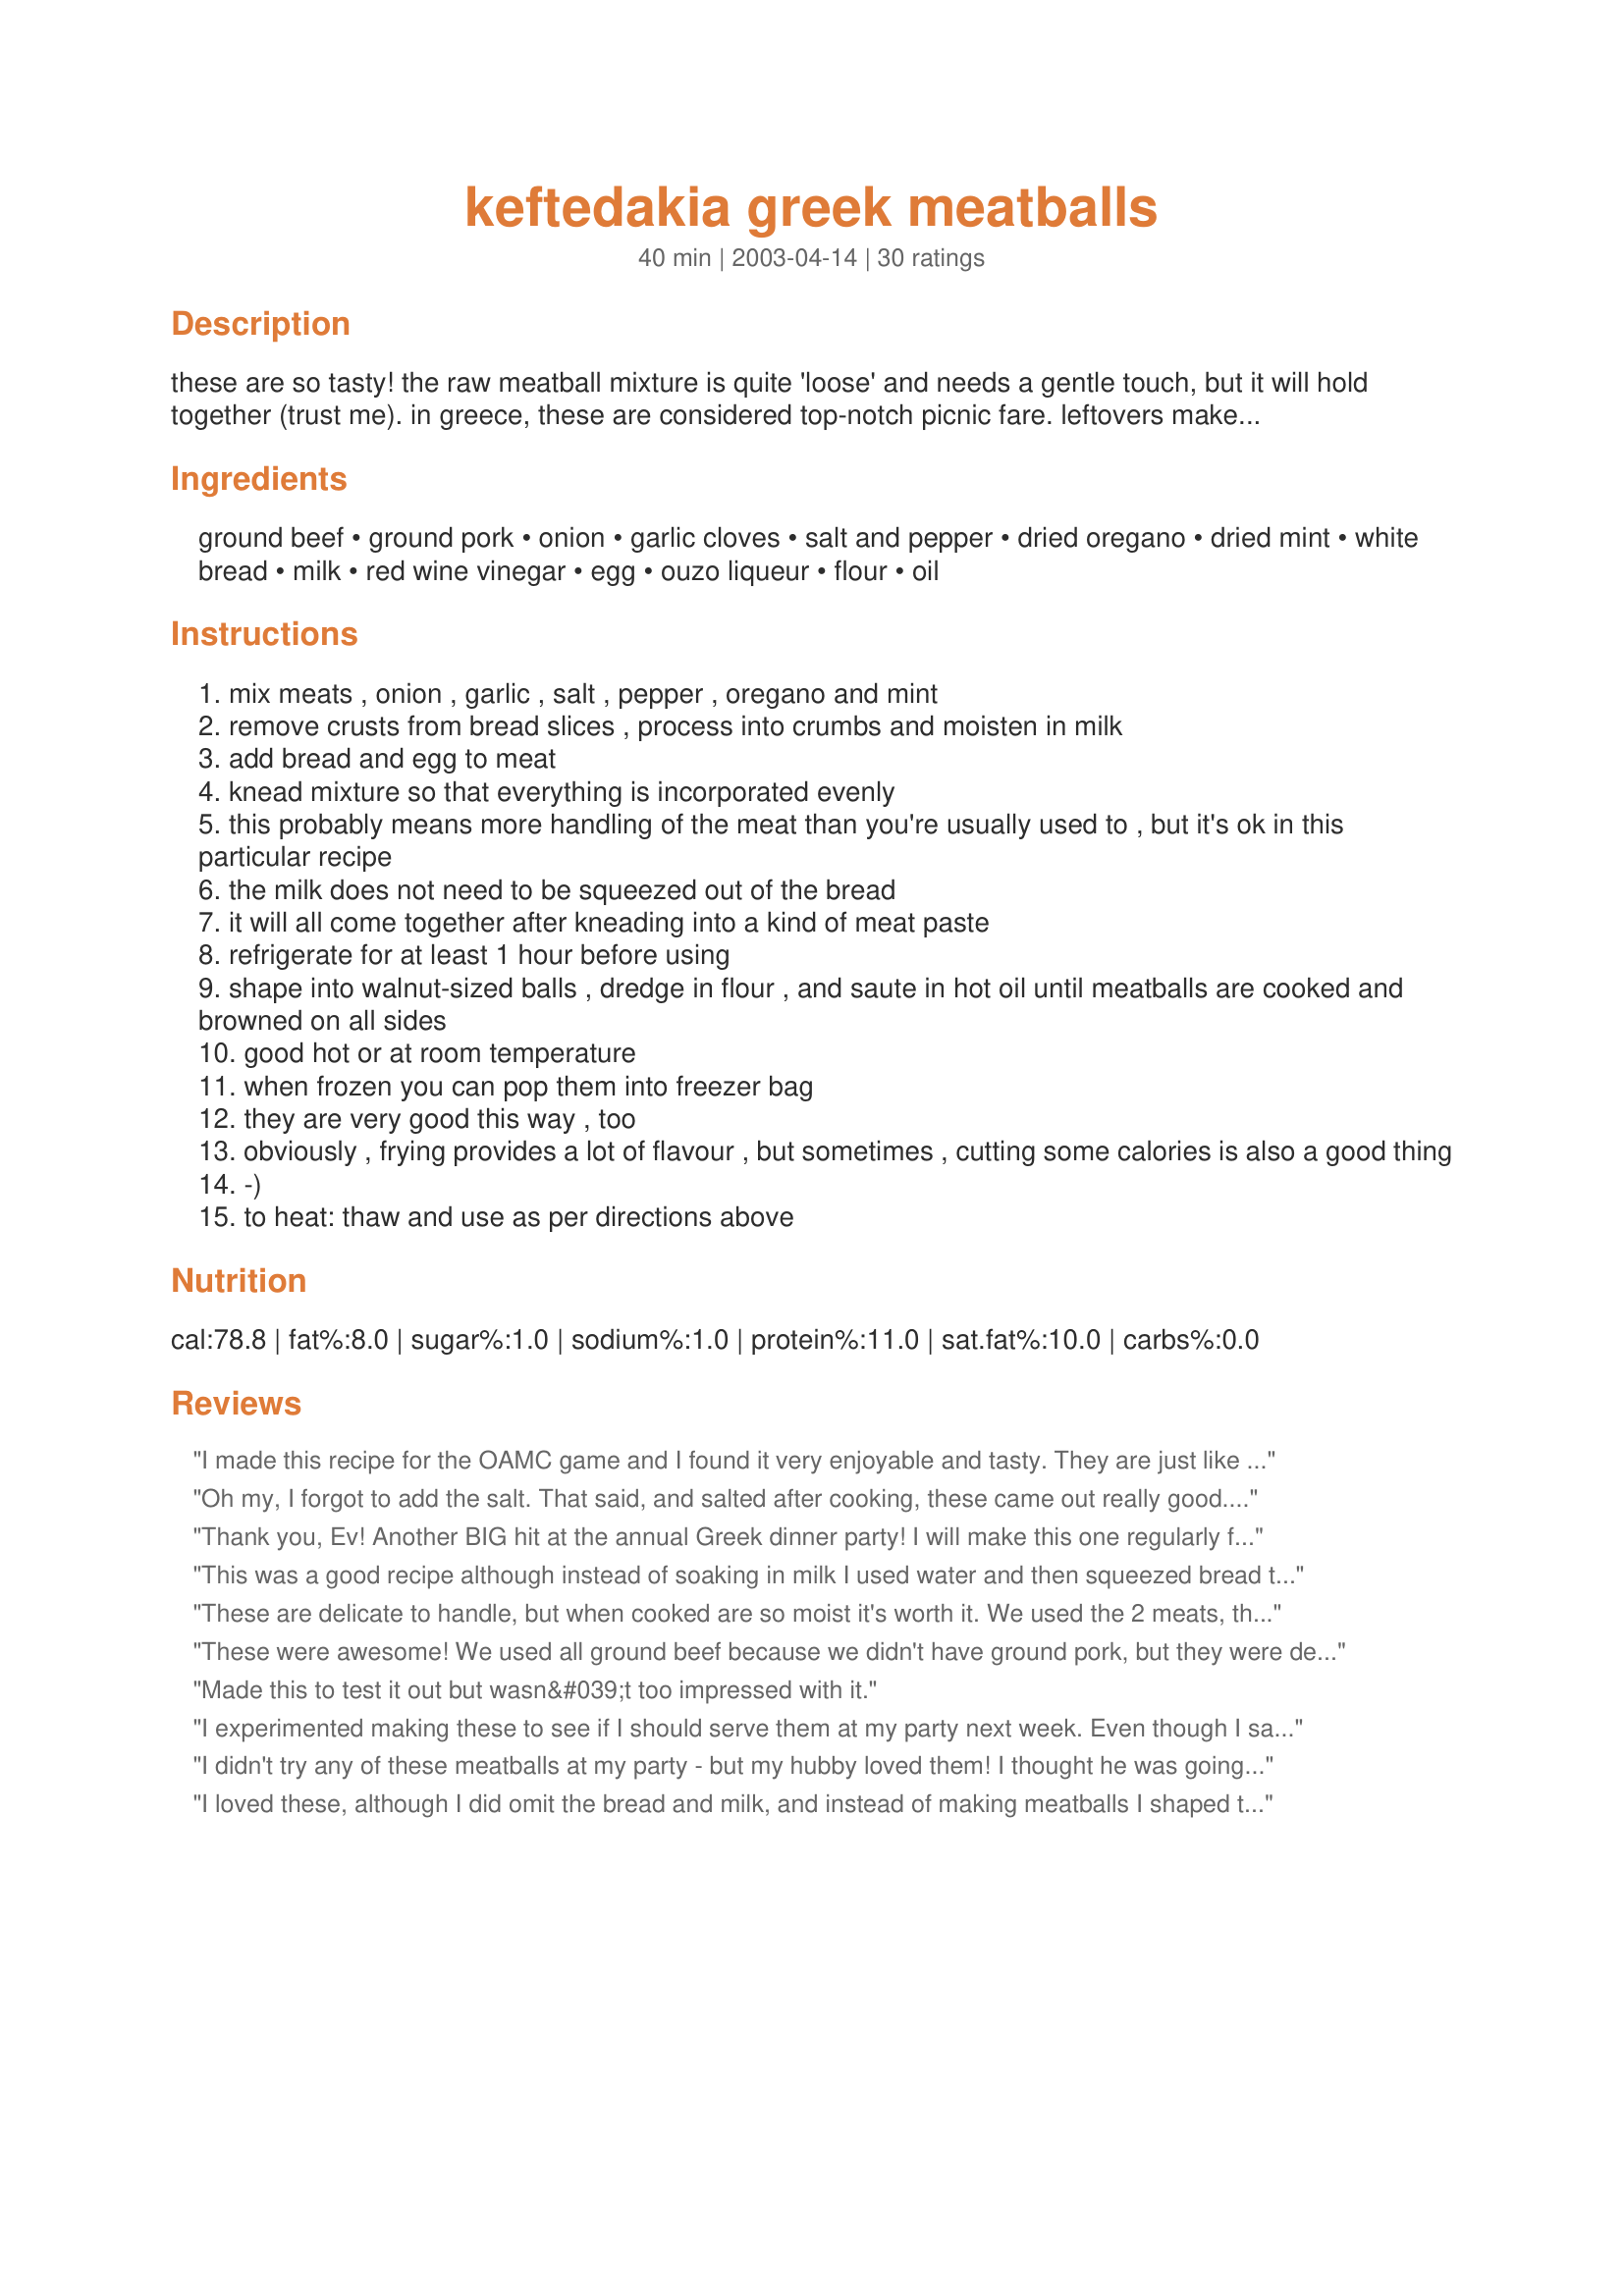
keftedakia greek meatballs
Preparation time: 40 minutes

these are so tasty! the raw meatball mixture is quite 'loose' and needs a gentle touch, but it will hold together (trust me). in greece, these are considered top-notch picnic fare. leftovers make a good second meal (so make more meatballs!) the next day added to a tomato sauce and used to top rice, or mashed potatoes, or pasta, or............please note there's a minimum of 1 hour refrigeration of the meat mixture prior to frying.

Ingredients:
ground beef, ground pork, onion, garlic cloves, salt and pepper, dried oregano, dried mint, white bread, milk, red wine vinegar, egg, ouzo liqueur, flour, oil

Steps:
mix meats , onion , garlic , salt , pepper , oregano and mint
remove crusts from bread slices , process into crumbs and moisten in milk
add bread and egg to meat
knead mixture so that everything is incorporated evenly
this probably means more handling of the meat than you're usually used to , but it's ok in this particular recipe
the milk does not need to be squeezed out of the bread
it will all come together after kneading into a kind of meat paste
refrigerate for at least 1 hour before using
shape into walnut-sized balls , dredge in flour , and saute in hot oil until meatballs are cooked and browned on all sides
good hot or at room temperature
when frozen you can pop them into freezer bag
they are very good this way , too
obviously , frying provides a lot of flavour , but sometimes , cutting some calories is also a good thing
-)
to heat: thaw and use as per directions above

Reviews:
I made this recipe for the OAMC game and I found it very enjoyable and tasty. They are just like my grandmothers Italian meatballs except for the Ouzo, Mint and Vinegar. I will say those flavors made this dish very enjoyable. I noticed that one person who reviewed this dish stated that it was too moist. When I made the recipe the one thing i changed was that instead of soaking the bread into the milk and then pouring all of it into the dish, i soaked the bread but then squeezed out the excess milk before adding to the meat. This eliminated alot of excess moisture and did not change the taste in any way i feel. I made the meatballs and served for a party with a mint yogurt sauce for dipping, they were excellent! i had to hide some so that i could freeze them and reheat for the OAMC game! I then froze them in a ziplock freezer bag for one week. To reheat them i just took the bag out of the freezer at night and the next day for lunch i popped them into the microwave with a small amount of red sauce over them. I then cooked them for 3 minutes and put on a roll for a small meatball hero. the taste was just as good as the first time. I would highly recommend this dish for the OAMC club!
Oh my, I forgot to add the salt. That said, and salted after cooking, these came out really good. Ouzo is a must, I made half with and half without and you could tell something was missing. I used fresh herbs since I didn't have any dried. I made the tatziki but didn't feel they needed it. Served with a nice tomato and cuke salad with a side of greek rice.
Thank you, Ev! Another BIG hit at the annual Greek dinner party! I will make this one regularly for us, too. The ability to freeze them is such a time saver! Really appreciate the tip in the recipe. I wish the description had mentioned the 1 hour refrigeration, though. That almost got me! You're the best, Ev! :-) DH says "Efharistoh!" ;-)
This was a good recipe although instead of soaking in milk I used water and then squeezed bread thoroughly. I also shallow fried in olive oil as I prefer the taste. The addition of the ouzo is a nice touch and makes the meat much smoother tasting. Would make again.
These are delicate to handle, but when cooked are so moist it's worth it. We used the 2 meats, the ouzo, and served them at room temperature with a minted yoghurt. Sadly, there were no left-overs;-)
These were awesome! We used all ground beef because we didn't have ground pork, but they were delicious. My husband grew up in Greece and said they taste just like his Grandmother's! Thank you for the recipe!
Made this to test it out but wasn&#039;t too impressed with it.
I experimented making these to see if I should serve them at my party next week. Even though I sampled some of the ouzo while they were cooking, I do recall they were wonderful-- and a "must" for the party! (Later note: I have used suggestions made by Cheap Thrills. I also make small meatballs as an appetizer served with tzatziki sauce sauce.)
I didn't try any of these meatballs at my party - but my hubby loved them! I thought he was going to fight Leslie's man for the last meatball (LOL)!!!
Thanx Ev!
I loved these, although I did omit the bread and milk, and instead of making meatballs I shaped them into little patties and threw them on the BBQ! Rolled them up in warmed pita bread with tzasiki, tomatoes, cucumbers and chevre! Absolutely delicious and a big thumbs up from hubby.
Like any liquor you may not choose to drink but enjoy as an ingredient, ouzo really added a wonderful extra dimension to these meatballs - compared with other meatball recipes I’ve eaten. So, if you don’t have any ouzo, really consider buying some for recipes such as this one. The ouzo blended superbly with the herbs and other ingredients making these meatballs moist and certainly giving them that wonderful extra oomph that tells you after even after the tiniest bite ‘YES, I’ll be making these again!’ I made them with a pork/veal mix - one I generally use for meatloaves and meatballs – and we enjoyed them with evelyn/athens’ Greek Potatoes (Oven-Roasted and Delicious!) Recipe #87782; and from sampling an extra post-dinner meatball at room temperature, I know they are going to make tomorrow’s lunch - in a roll with salad – one to really look forward to! Thanks evelyn!
These are very similar to a recipe I use from my daughters Greek MIL. Instead of the vinegar she uses lemon juice, and also uses just ground beef. Yours are just as easy to make and tasted wonderful, and yes I made more to have on another night this week. Thanks for posting, cheers :)
Really happy to find this recipe. I made this for Christmas eve buffet and served the at room temperature with yogurt mint sauce and Peloponnese brand Sweet Pepper Spread. I thought they were quite good and people seemed to like them but there was a LOT of food competing for attention. The next day, heated in some spinach and served over rice they were fantastic. Next time I will cook them a day earlier.<br/>I pretty much followed the recipe (using Eatwell Farm Thyme Salt instead of plain), refrigerated the mixture overnight and baked them at 350 degrees F. for about 15 minutes. Next time I'll try higher heat to see if it makes them browner.
With respect to the poster, this turned out beyond horrid. I followed the recipe to the letter. The meat mixture was too moist to hold together into meatballs, so I attempted to stirfry it loosely to serve over rice. The taste was terribly bland & the appearance was completely unappetizing.
Made in 1/2 hour on stovetop. Used toasted and grated italian bread instead of white bread. Didn't have garlic, vinegar, milk or flour but used more onions, extra dried oregano, and fried small sirloin beef meatballs in olive oil in saucepan until seared. Then I let it stew or continue cooking in it's own juices for 10 minues more and it was absolutely delicious, just like my mother used to make it.
These were very dry and something was mising, may be the ouzo.
Excellent recipe, Evelyn. I served these at the Christmas party for my husband's seminary group, and they were great. The only things I did differently was spray them with olive oil and bake them and leave off the ouzo b/c I didn't have any and I wasn't sure the Macedonian cognac I did have would be any good or not. I had too many things going at one time to fry meatballs--I also can keep mine looking prettier if I bake on a baking sheet instead of roll around in a skillet.
How long do you bake it and at what temperature do you bake it?
Great meatballs. I serve with orzo salad and fresh corn on the cob.<br/>Have many left so froze and will have again soon.
Wonderful, flavorful meatballs. I didn't have any ouzo, but they were great nevertheless. Used them to make Recipe #200768 and they were perfect for the task! Thanks for sharing.
My Greek grandmother used to make these for me all the time when I was a child. I adored them. Given my grandmother's cooking style (no measuring tools needed), I never did get the recipe. This recipe is spot on just like she used to make, absolutely perfect. Thank you, thank you, thank you!!! Now, if only I could persuade you to put up a paxamadia recipe, we'd be all set. Thanks again!
These were very yummy and hit the spot..served with non fat cucumber garlic sause. Couple changes, Im on Dukan diet so I didnt add milk and bread. Used fresh mint as I couldnt find dry- I didnt change anything else. Baked at 400 for 30 min. A
I mixed all of the ingredients together at the same time, subbed 1/2 lb of Andouille sausage for the pork, upped the garlic to 7 cloves, substituted sambuca for ouzo, and baked them in the oven @ 350 for 25 minutes. Delicious! I am serving them with a yogurt mint sauce. Thanks for sharing!
I did not make these, but they were brought to an appy party hosted by our own Country Lady, Irmgard made these, and they were wonderful. My husband could not stop eating them and everyone ooohed and aaahed.
Thanks for a delicious recipe that I will try to make myself sometime!

Wow--these went fast. I had guests over for a big Greek feast. Everyone loved them. I love the ouzo flavor. I served these with plenty of tzatziki. Thanks for posting.
I made these exactly as written and got 48. All the better because I am freezing them for future use. DH and I each had one to taste and we both agree that they are absolutely yummy! The ouzo gives a subtle anise flavour to the meatballs which makes them all the more tasty.
These were good, but we didn't care for the ouzo...
Love to have a bag of these frozen for a quick meal. Left out the ouzo and tried it with a mixture of ground turkey and veal and it came out great! Served it with tzatziki sauce and flatbread!
These are really good. Mint is not overpowering, like I thought, but is nice. Next time I would use more feta, as I could hardly taste it when cooked. I baked one batch, and figured out these are best baked at 400 deg for about 25-30 minutes. I fried the rest, which does lend more flavor (use only olive oil, though). Cool on a rack set over a baking sheet. These are especially good tucked into pita pockets, topped with tzatziki and tomatoes. Will make again!
I am so glad I chose to make these. They came out much better than I thought. I changed nothing. This is a must make again dish.
